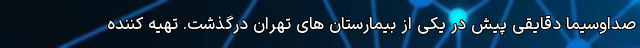
صداوسیما دقایقی پیش در یکی از بیمارستان های تهران درگذشت. تهیه کننده